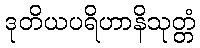
ဒုတိယပရိဟာနိသုတ္တံ